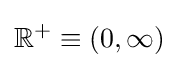
\mathbb {R} ^{+}\equiv \left(0,\infty \right)